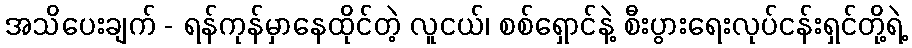
အသိပေးချက် - ရန်ကုန်မှာနေထိုင်တဲ့ လူငယ်၊ စစ်ရှောင်နဲ့ စီးပွားရေးလုပ်ငန်းရှင်တို့ရဲ့